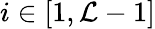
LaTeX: i\in[1,{\cal L}-1]